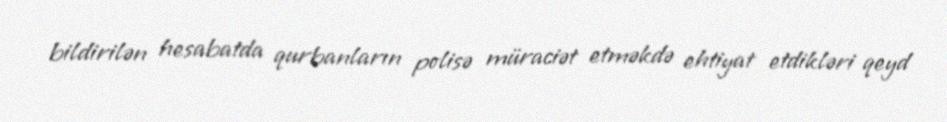
bildirilən hesabatda qurbanların polisə müraciət etməkdə ehtiyat etdikləri qeyd